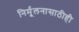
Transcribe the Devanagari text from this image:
निर्मूलनासाठीही